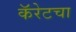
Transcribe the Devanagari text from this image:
कॅरेटचा